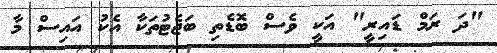
"ދަ ރަމް ޑައިރީ" އަކީ ވެސް ބޮޑެތި ބަޖެޓުތަކާ އެކު އައިސް މާ